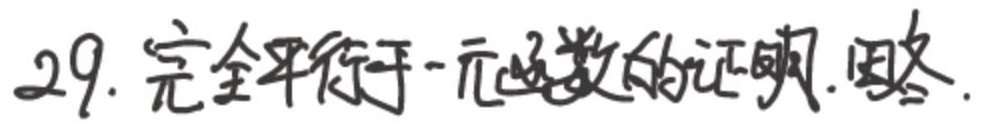
完全平行于一元函数的证明。略。